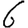
Digit: 6